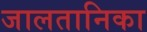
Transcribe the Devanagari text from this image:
जालतानिका